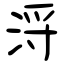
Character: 浖